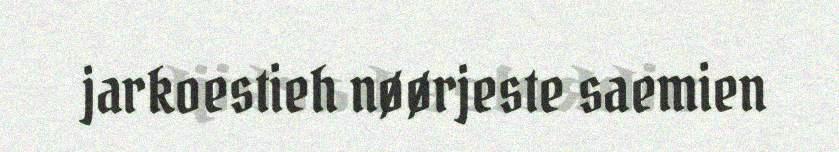
jarkoestieh nøørjeste saemien